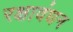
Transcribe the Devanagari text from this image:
रक्षावंधन